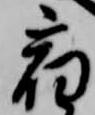
宿